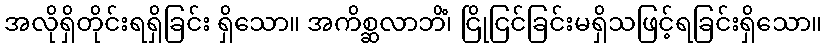
အလိုရှိတိုင်းရရှိခြင်း ရှိသော။ အကိစ္ဆလာဘိံ၊ ငြိုငြင်ခြင်းမရှိသဖြင့်ရခြင်းရှိသော။